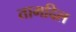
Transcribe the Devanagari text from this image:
तामदिल